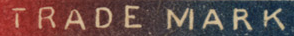
TRADE MARK